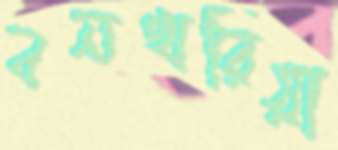
বনখরিয়া